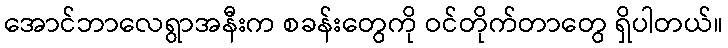
အောင်ဘာလေရွာအနီးက စခန်းတွေကို ဝင်တိုက်တာတွေ ရှိပါတယ်။